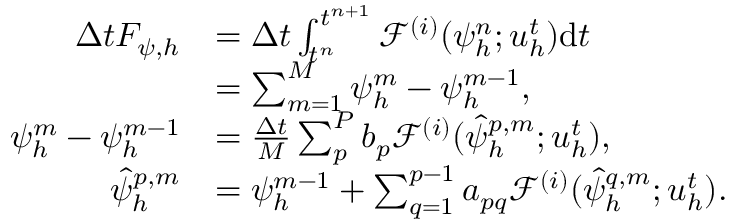
\begin{array} { r l } { \Delta t F _ { \psi , h } } & { = \Delta t \int _ { t ^ { n } } ^ { t ^ { n + 1 } } \mathcal { F } ^ { ( i ) } ( \psi _ { h } ^ { n } ; \boldsymbol { u } _ { h } ^ { t } ) \mathrm { d } t } \\ & { = \sum _ { m = 1 } ^ { M } \psi _ { h } ^ { m } - \psi _ { h } ^ { m - 1 } , } \\ { \psi _ { h } ^ { m } - \psi _ { h } ^ { m - 1 } } & { = \frac { \Delta t } { M } \sum _ { p } ^ { P } b _ { p } \mathcal { F } ^ { ( i ) } ( \hat { \psi } _ { h } ^ { p , m } ; \boldsymbol { u } _ { h } ^ { t } ) , } \\ { \hat { \psi } _ { h } ^ { p , m } } & { = \psi _ { h } ^ { m - 1 } + \sum _ { q = 1 } ^ { p - 1 } a _ { p q } \mathcal { F } ^ { ( i ) } ( \hat { \psi } _ { h } ^ { q , m } ; \boldsymbol { u } _ { h } ^ { t } ) . } \end{array}